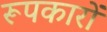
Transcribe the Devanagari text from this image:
रूपकारों